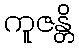
ကူဇန္တိ